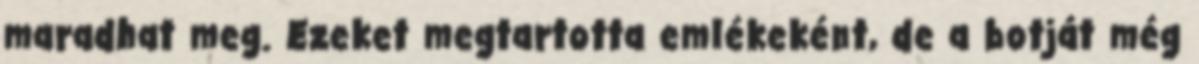
maradhat meg. Ezeket megtartotta emlékeként, de a botját még